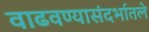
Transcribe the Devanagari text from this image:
वाढवण्यासंदर्भातले